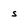
Character: s